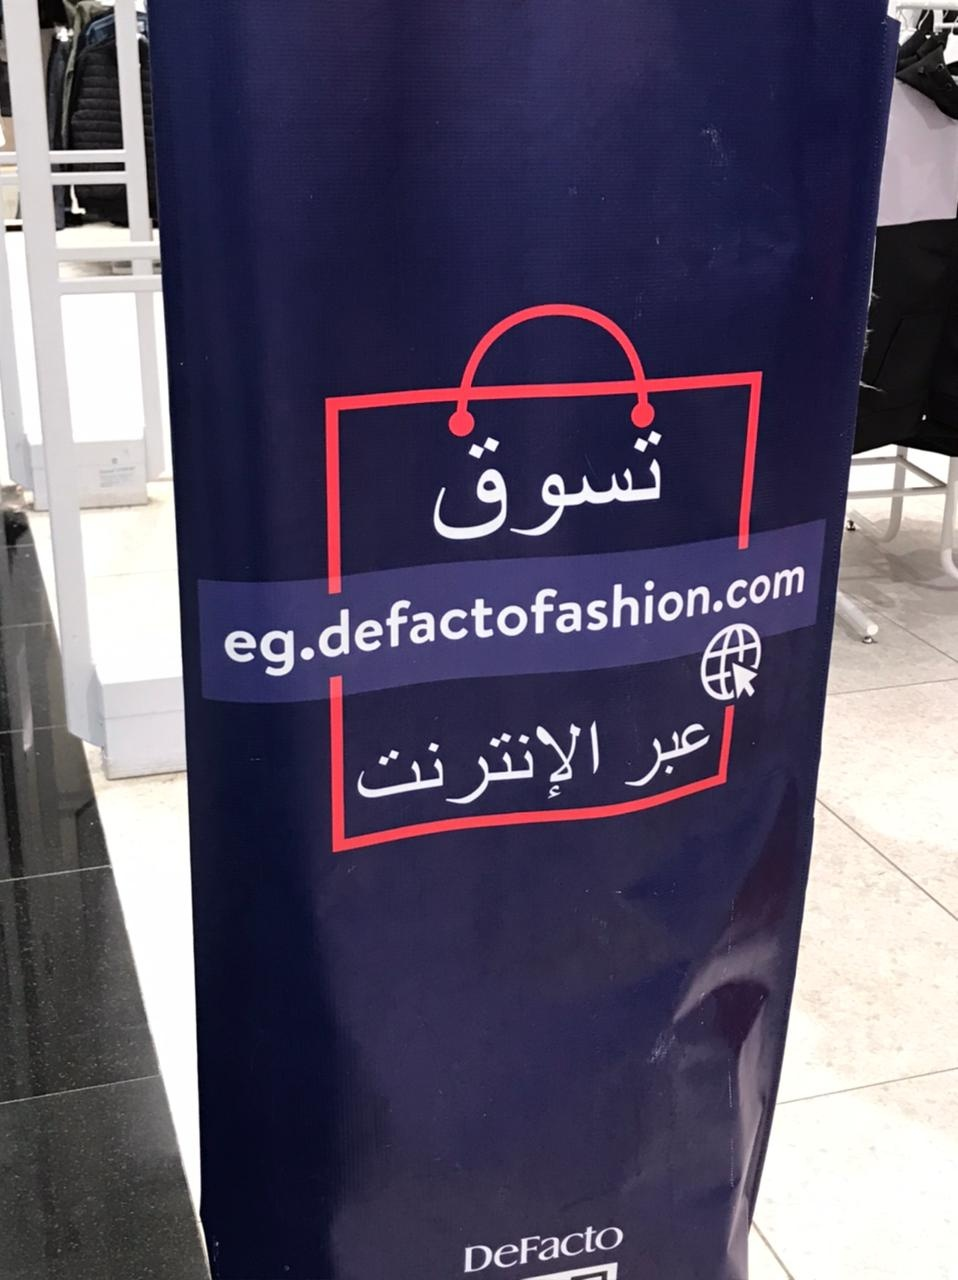
Text in image: تسوق عبر الإنترنت eg.defactofashion.com DeFacto